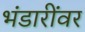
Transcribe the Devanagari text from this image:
भंडारींवर